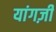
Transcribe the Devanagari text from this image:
यांगज़ी